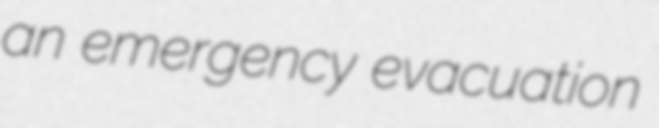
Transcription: an emergency evacuation